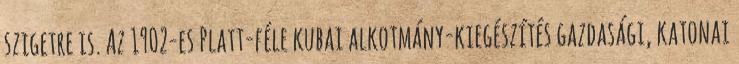
szigetre is. Az 1902-es Platt-féle kubai alkotmány-kiegészítés gazdasági, katonai